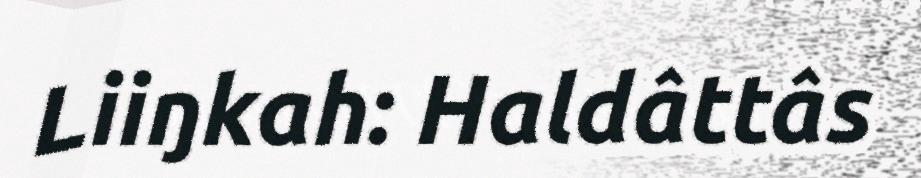
Liiŋkah: Haldâttâs